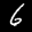
Label: 6